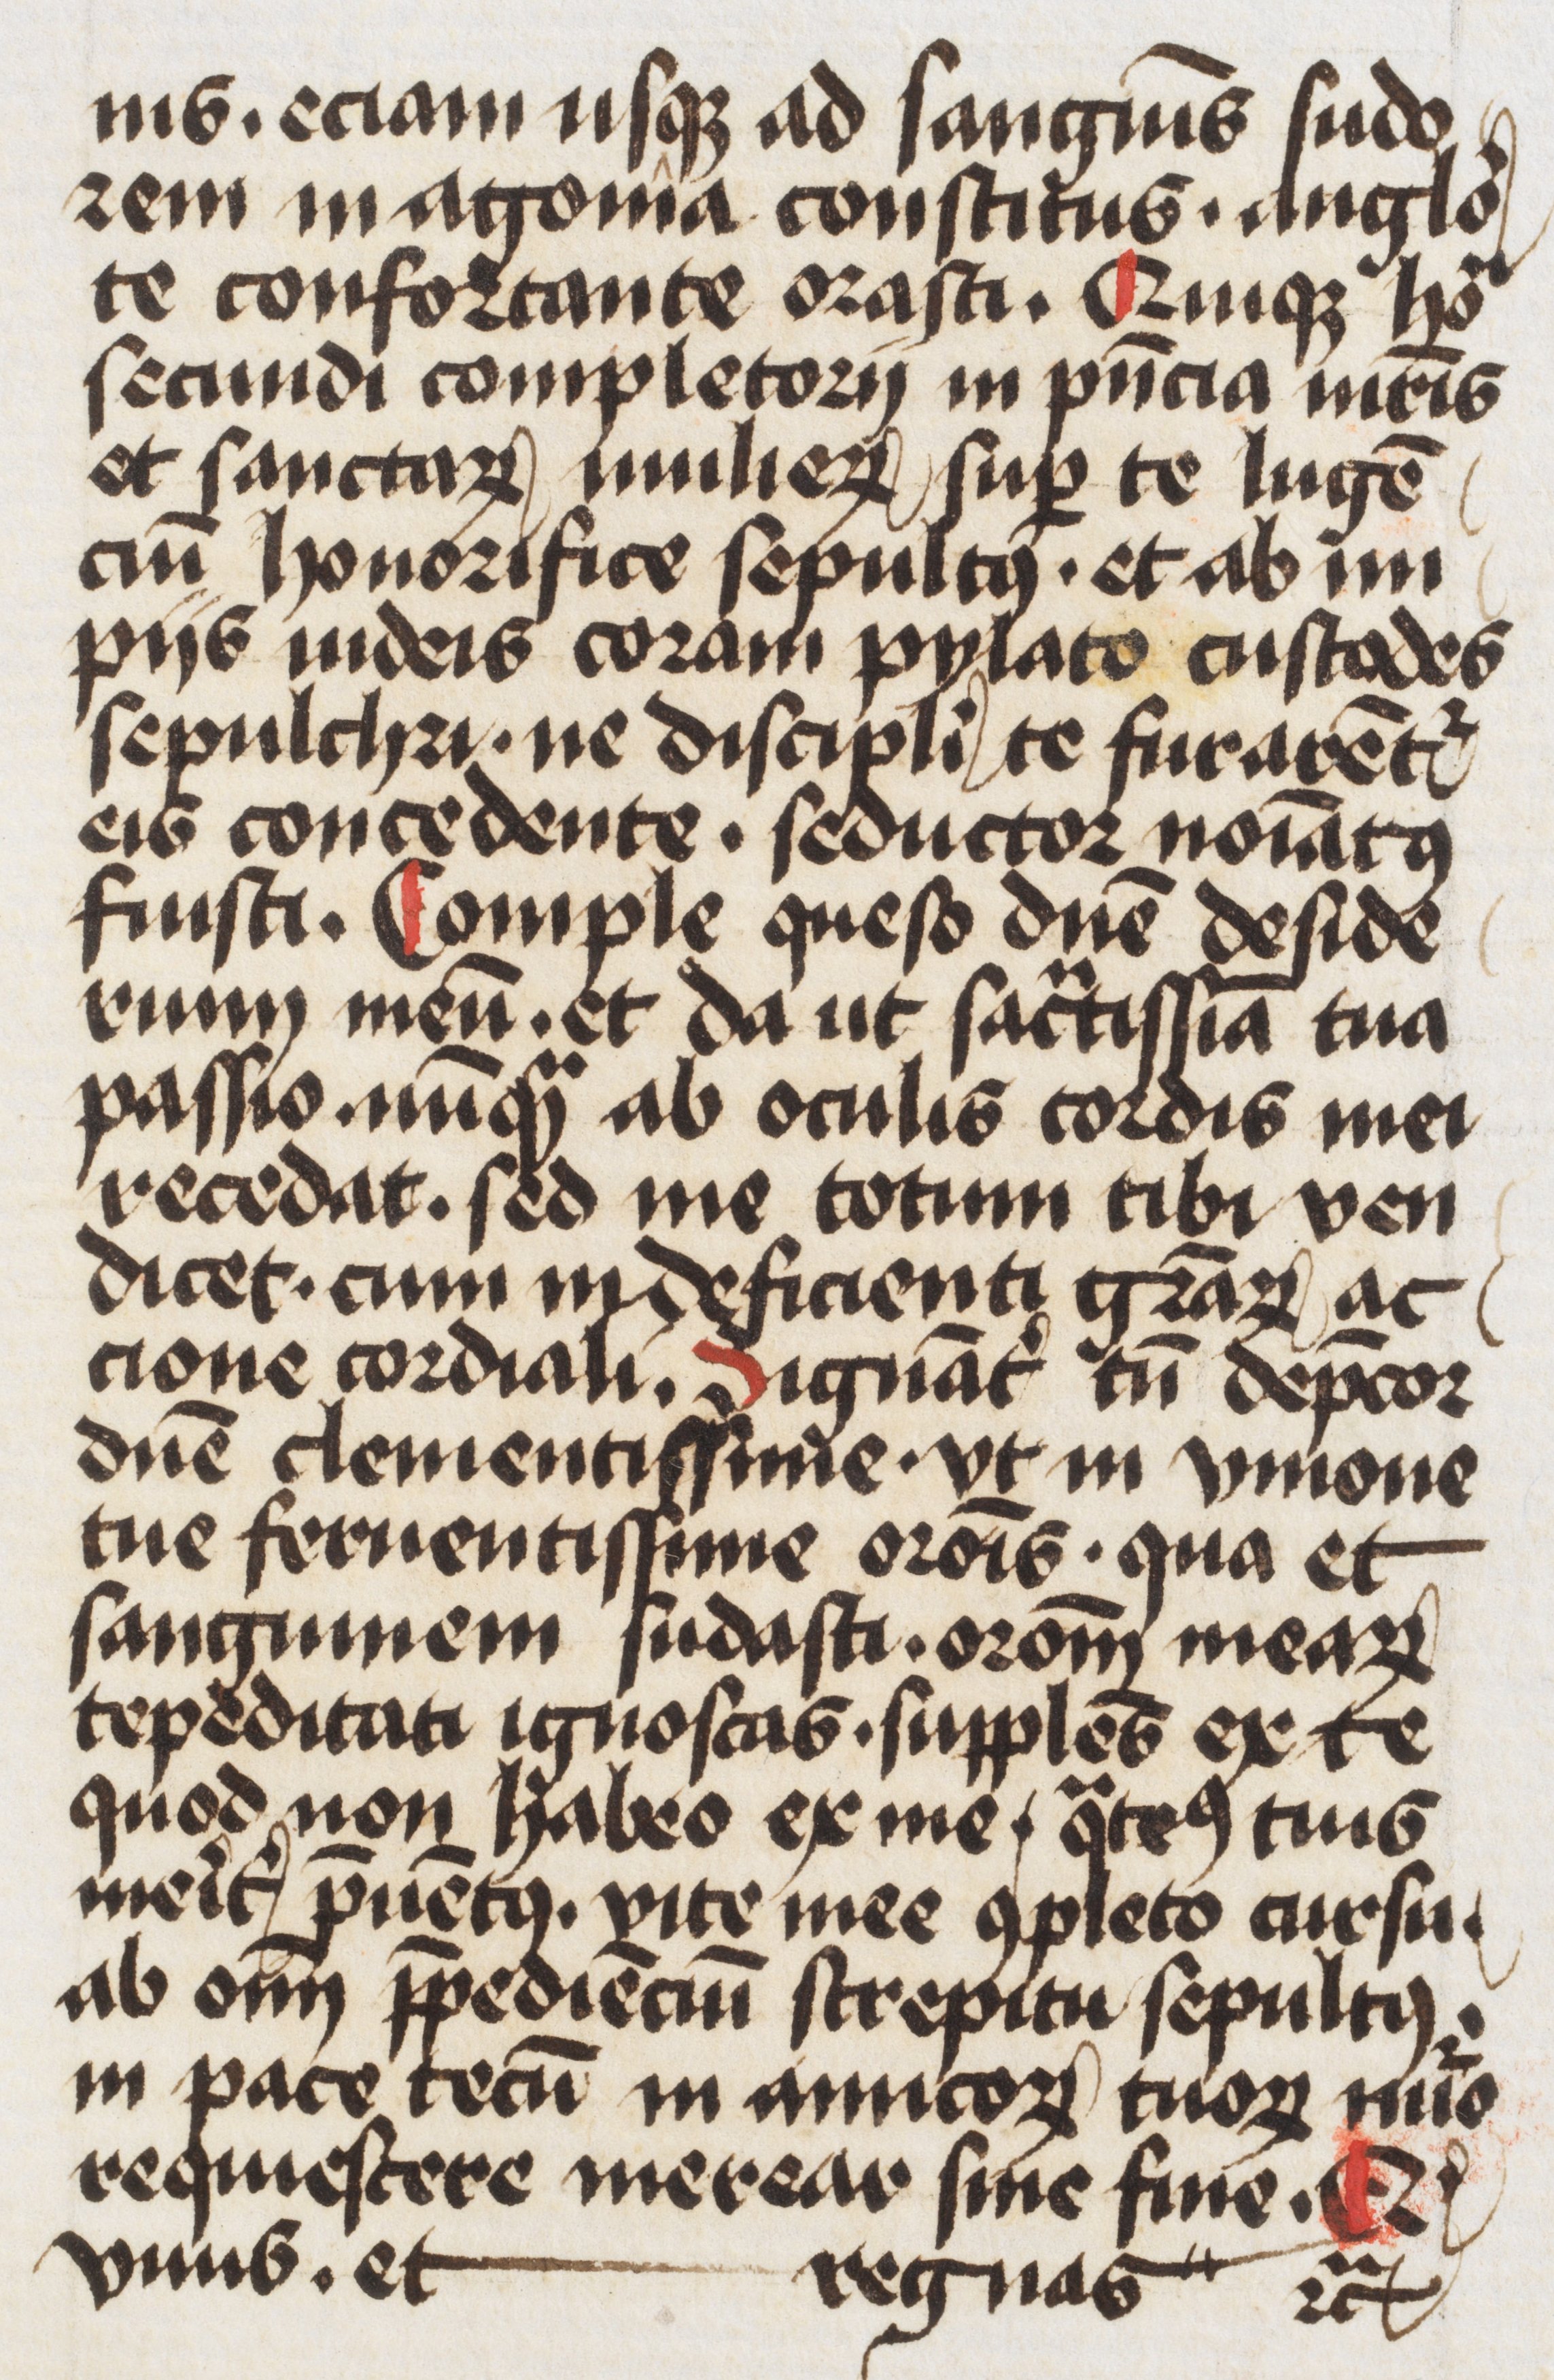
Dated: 1400–1499